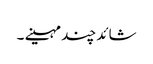
شائد چند مہینے ۔